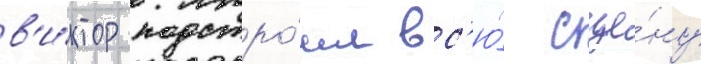
в'и́ктор подстро́ил вс'ю́ сце́ну